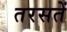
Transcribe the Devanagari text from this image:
तरसतें